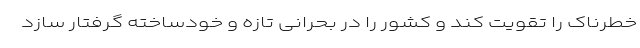
خطرناک را تقویت کند و کشور را در بحرانی تازه و خودساخته گرفتار سازد